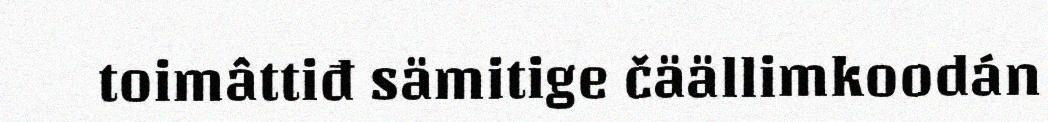
toimâttiđ sämitige čäällimkoodán